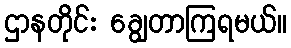
ဌာနတိုင်း ချွေတာကြရမယ်။